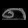
Digit: ၈